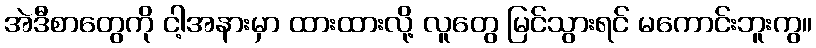
အဲဒီစာတွေကို ငါ့အနားမှာ ထားထားလို့ လူတွေ မြင်သွားရင် မကောင်းဘူးကွ။